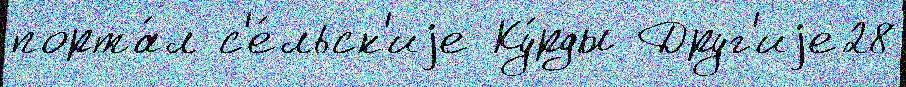
порта́л с'е́льск'иjе Ку́рды Друг'иjе28